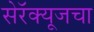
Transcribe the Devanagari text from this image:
सेरॅक्यूजचा